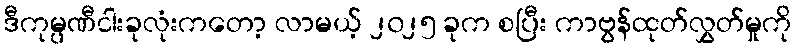
ဒီကုမ္ပဏီငါးခုလုံးကတော့ လာမယ့် ၂၀၂၅ ခုက စပြီး ကာဗွန်ထုတ်လွှတ်မှုကို